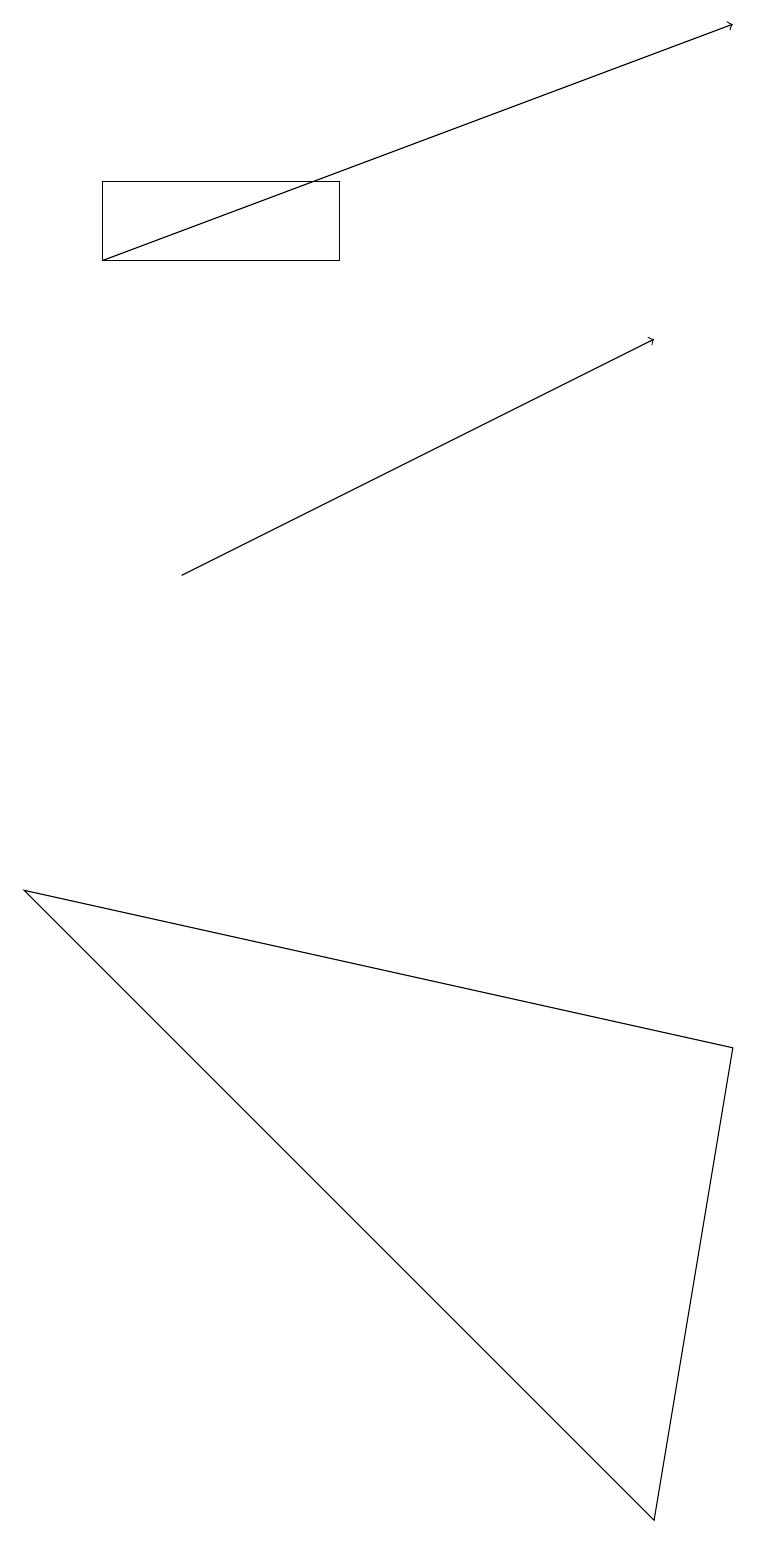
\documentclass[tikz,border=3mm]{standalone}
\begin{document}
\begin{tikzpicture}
\draw (9,6) -- (8,0) -- (0,8) -- cycle;
\draw[->] (2,12) -- (8,15);
\draw[->] (1,16) -- (9,19);
\draw (1,17) rectangle (4,16);
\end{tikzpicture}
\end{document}